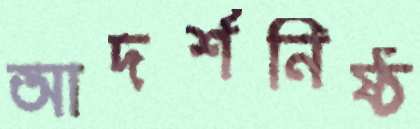
আদর্শনিষ্ঠ